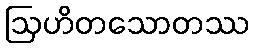
ဩဟိတသောတဿ